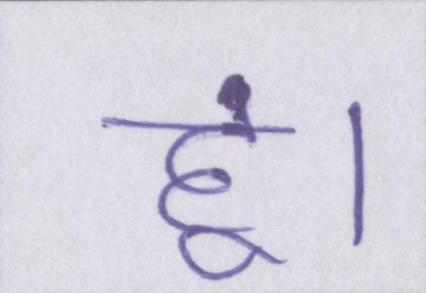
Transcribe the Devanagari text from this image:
हूं।